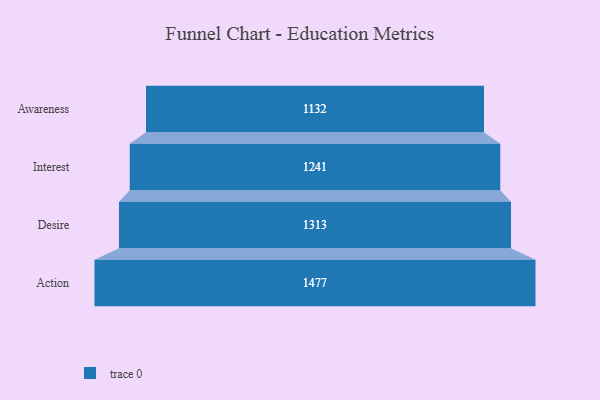
{"axis": {"x": "Stage", "y": "Value"}, "legend": [""], "data": [{"x": "Awareness", "y": 1132.0, "type": ""}, {"x": "Interest", "y": 1241.0, "type": ""}, {"x": "Desire", "y": 1313.0, "type": ""}, {"x": "Action", "y": 1477.0, "type": ""}]}